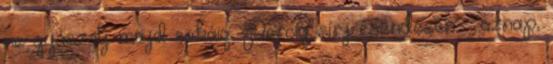
ne gyászolj majd sokáig; Percig sírj csendesen – aznap,